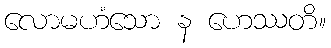
လောမဟံသော န ဟေဿတိ။